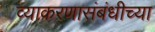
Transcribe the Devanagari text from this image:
व्याकरणासंबंधीच्या